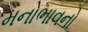
મનોભાવનો